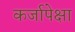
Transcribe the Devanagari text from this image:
कर्जापेक्षा